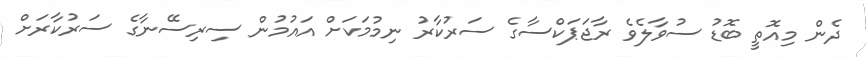
ދެން މިއޮތީ ބޮޑު ސުވާލެވެ ރާޖަޕަކްސާގެ ސަރުކާރު ނިމުމަކަށް އައުމުން ސިރިސޭނާގެ ސަރުކާރަށް